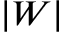
| W |